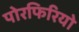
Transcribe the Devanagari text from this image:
पोरफिरियो